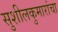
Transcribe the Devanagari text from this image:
सुशीलकुमारांचा